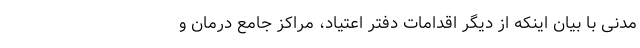
مدنی با بیان اینکه از دیگر اقدامات دفتر اعتیاد، مراکز جامع درمان و